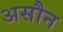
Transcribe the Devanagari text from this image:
असौन